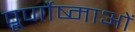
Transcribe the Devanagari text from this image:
पूर्णोष्माओं